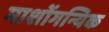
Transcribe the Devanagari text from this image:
माशोंगन्यिक